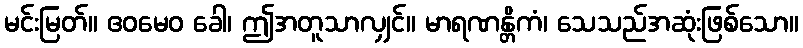
မင်းမြတ်။ ဧဝမေဝ ခေါ၊ ဤအတူသာလျှင်။ မာရဏန္တိကံ၊ သေသည်အဆုံးဖြစ်သော။